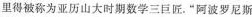
里得被称为亚历山大时期数学三巨匠。”阿波罗尼斯